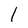
Character: 1